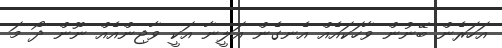
އަހަރެން ބޭނުން ވާހަކައެއް އެނގެން އަލީނާ އަކީ ވާޖިންއެއް ނޫން ދޯ މަ